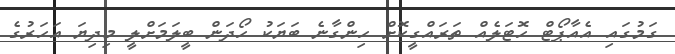
ގަމުގައި އެއާޕޯޓް ހޮޓަލެއް ތަރައްގީކޮށް ހިންގާނެ ބަޔަކު ހޯދަން ބީލަމަށްލީ މިދިޔަ އަހަރުގެ